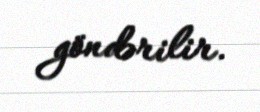
göndərilir.